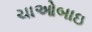
ચાઓબાઇ